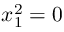
x _ { 1 } ^ { 2 } = 0